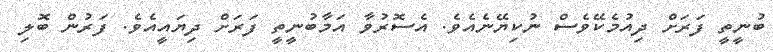
ބުނީތީ ފަރަށް ދިއުމެކޭވެސް ނުކިޔޭނެއެވެ. އެސޮރުވާ އަމާބުނީތީ ފަރަށް ދިޔައީއެވެ. ފަރުން ބޮލި